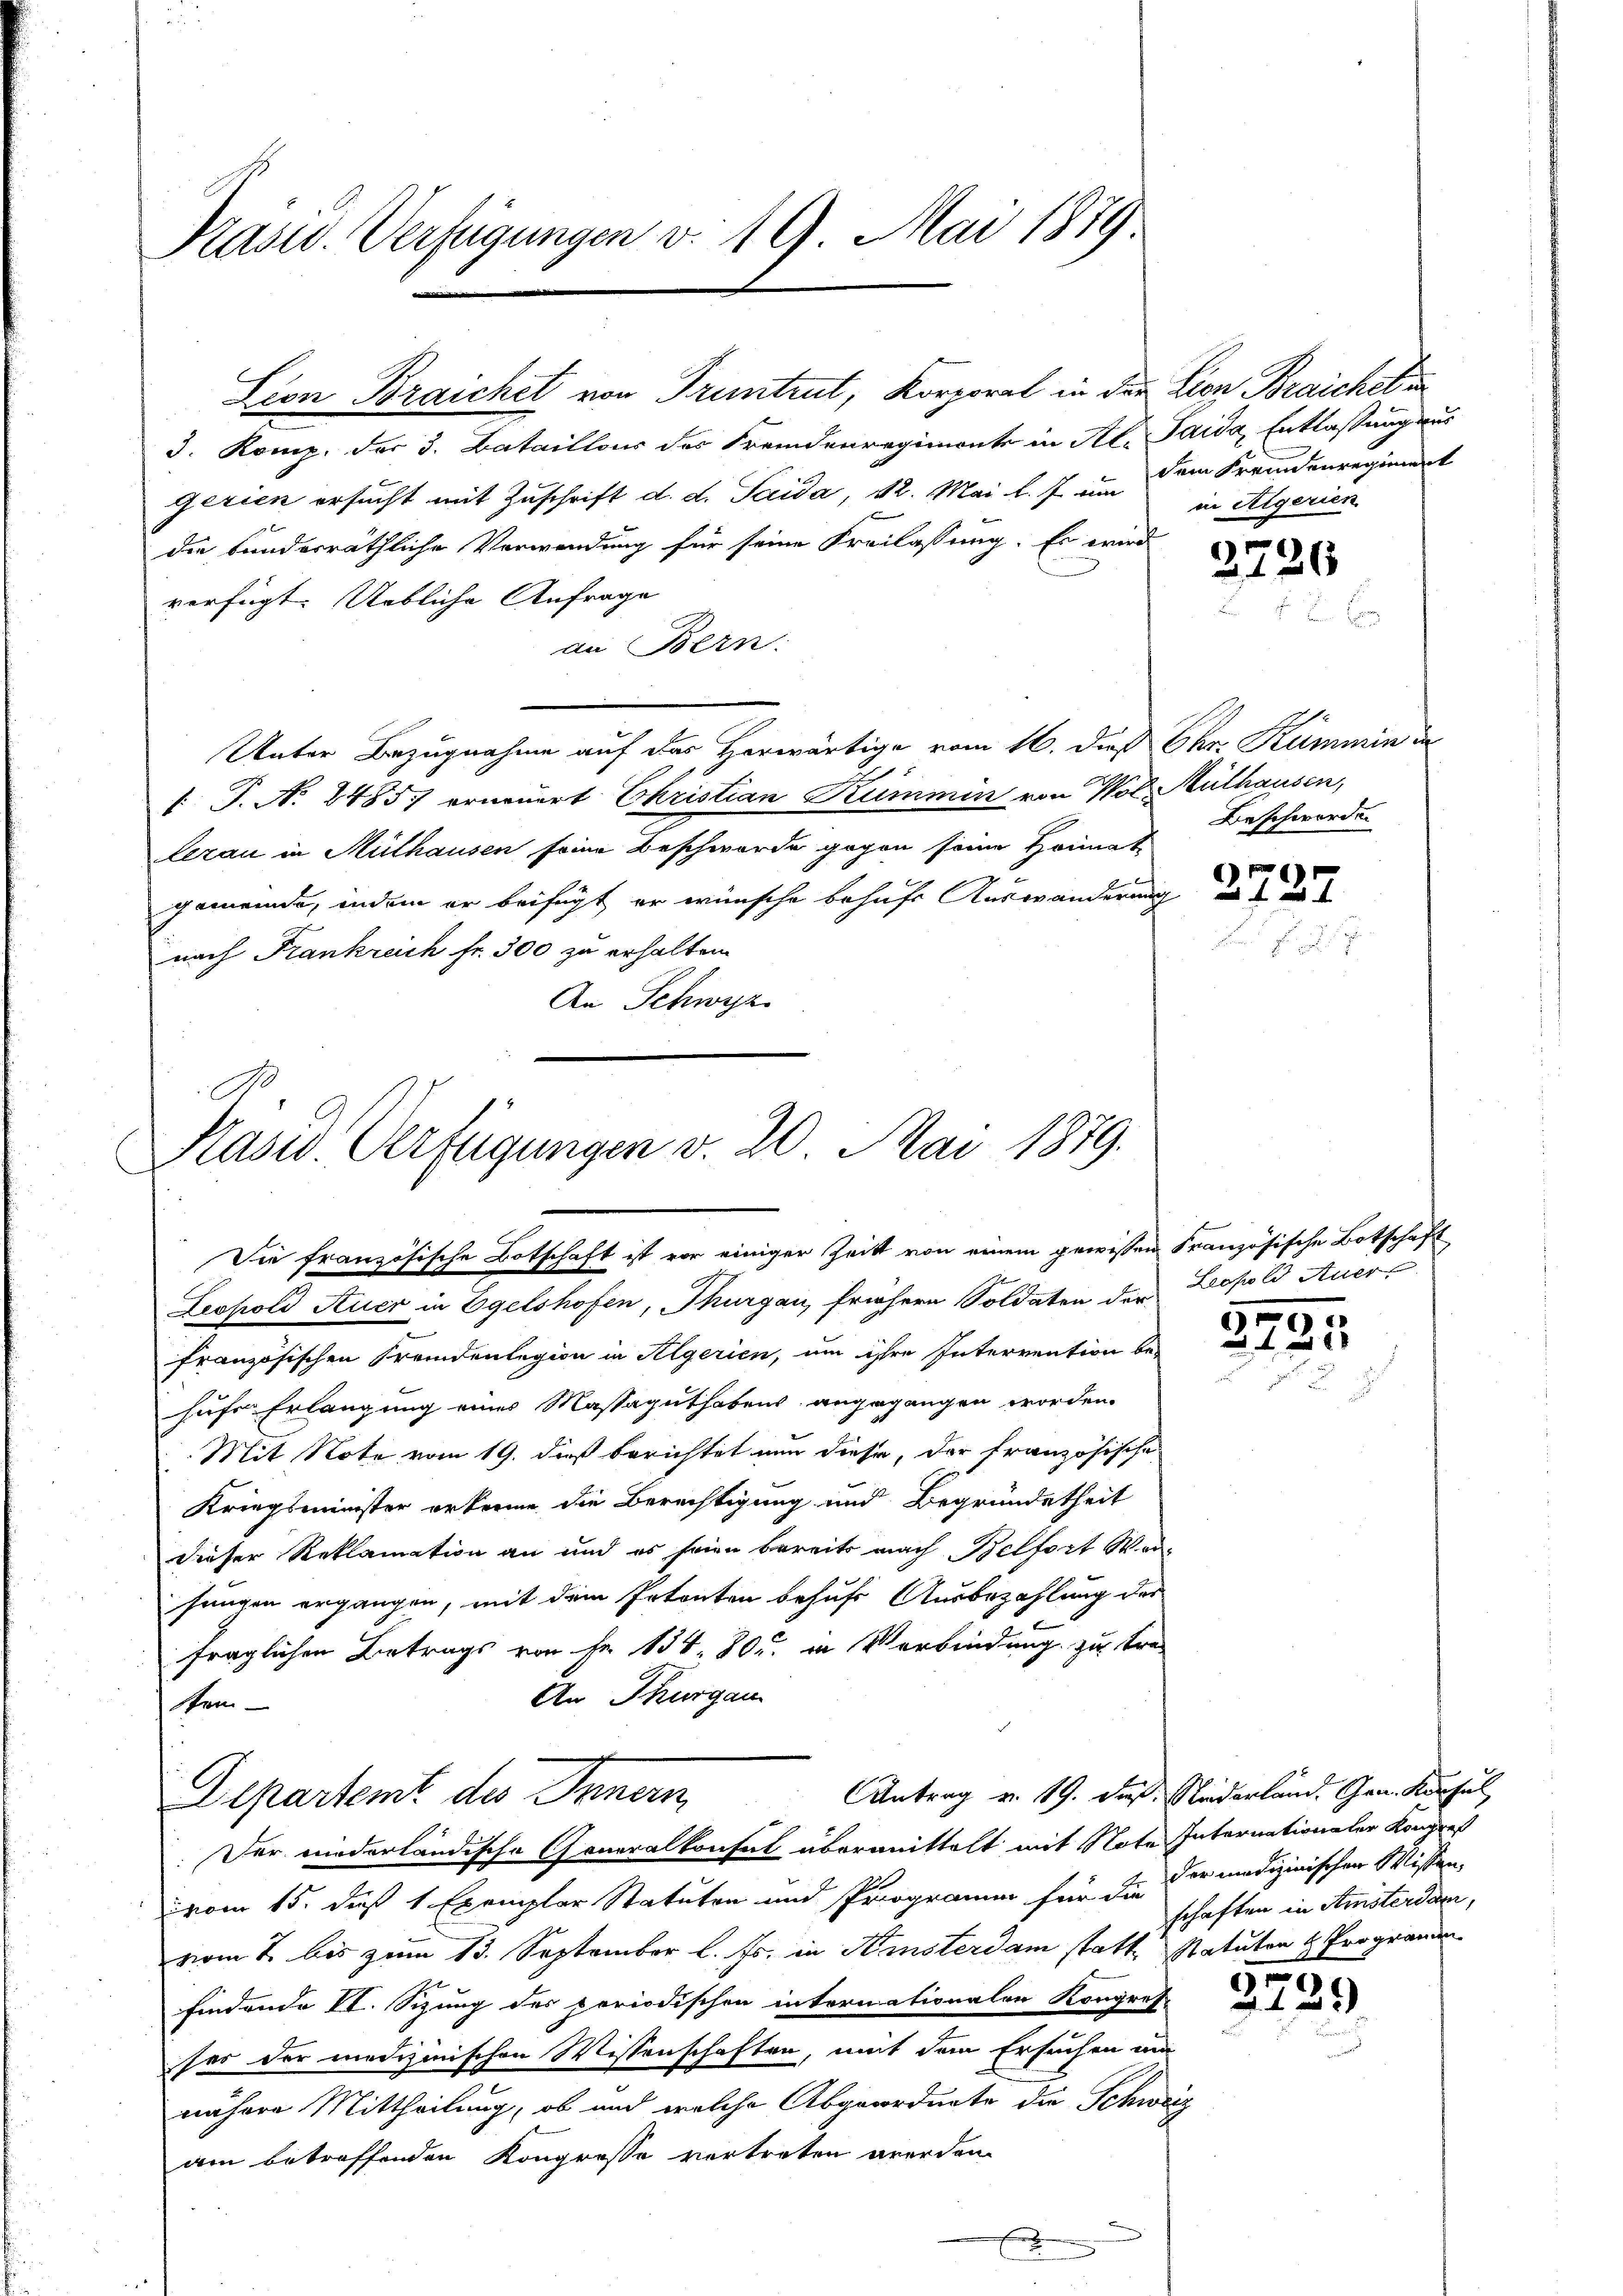
Präsid. Verfügungen v. 19. Mai 1879

3. Komp. der 3. Bataillons der Fremdenregimonte in Al. Taida, Entlassung aus
gerien ersucht mit Zuschrift d. d. Saida, N. Mai l. J. in dem Fremdenregiment
die bundesräthliche Verwendung für seine Freilassung. Es wird
verfügt: Uebliche Anfrage
an Bern:
Unter Bezugnahme auf das Horwärtige vom 16. dieß Chr. Kümmin i
 P. N. 2485) erneuert Christian Kümmin von Wol Mülhausen,
lezau in Mülhausen seine Beschwerde gegen seine Heimat
gemeinde, indem er beifügt er wünsche behufs Auswänderung
nach Frankreich fr. 300 zu erhalten.
An Schwyz

Lion Braichet von Truntrut, Korporal in der Lion Braichet un

E
Kasw. Verfügungen v. 20. Mai 1879.
Die französische Botschaft ist vor einiger Zeit von einem gewissen Französische Botschaft

Departent des Innern
Der niederländische Generalkonsul übermittelt mit Note Internationaler Kongres

in Aegerien

Leopold Auer in Egelshofen, Thurgau, frühere Soldaten der Leopold Auer
französischen Fremdenlegion in Algerien, um ihre Intervention be-
hufe Erlangung eines Massaguthabens angegangen worden.
Mit Note vom 19. dieß berichtet nun diese, der französische
Kriegsminister erkenne die Berechtigung und Begründetheit
dieser Reklamation an und es seien bereits nach Belfort wersungen ergangen, mit dem Intenten behufs Ausbezahlung des
fraglichen Betrags von Fr. 134. 80. in Verbindung zu tre
An Thurgau
Sem

vom 15. daß 1 Exemplar Statuten und Programm für die der medizinischen Wissen,
vom 2. bis zum 13. September l. Js. in Hinsterdam statte Statuten & Programen
findende VI. Sitzung des periodischen internationalen Kongres
ser der medizinischen Wissenschaften, mit dem Ersuchen um
nähere Mittheilung, ob und welche Abgeordnete die Schweiz
am betreffenden Kongresse vertreten werden.
f

2726

Beschwerde.

2727

3731.

Antrag v. 19. dieß. Neiderland. Gen. Konsul
schaften in Amsterdam,

5
2125